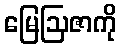
မြေဩဇာကို